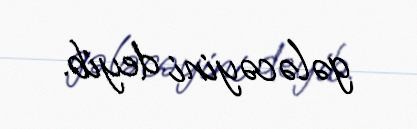
gələcəyini deyib.